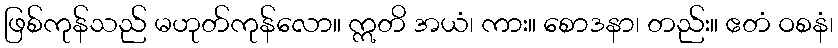
ဖြစ်ကုန်သည် မဟုတ်ကုန်လော။ ဣတိ အယံ၊ ကား။ စောဒနာ၊ တည်း။ ဧတံ ဝစနံ၊